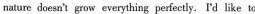
nature doesa?grow everythiag perfcetly. I'd like to